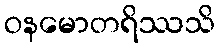
ဝနမောတရိဿသိ